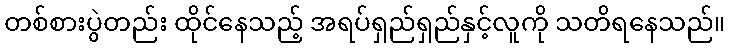
တစ်စားပွဲတည်း ထိုင်နေသည့် အရပ်ရှည်ရှည်နှင့်လူကို သတိရနေသည်။